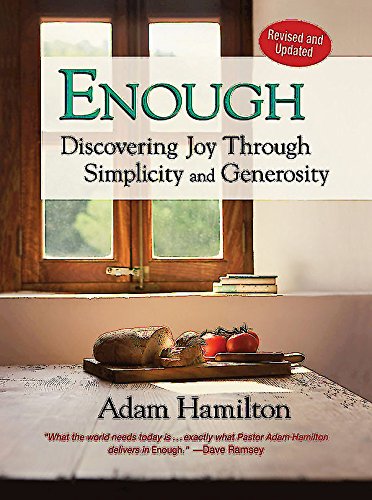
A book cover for Enough, Revised and Updated: Discovering Joy through Simplicity and Generosity; Adam Hamilton; Christian Books & Bibles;